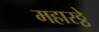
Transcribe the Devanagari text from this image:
महारठ्ठे